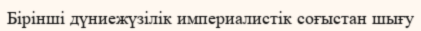
Бірінші дүниежүзілік империалистік соғыстан шығу